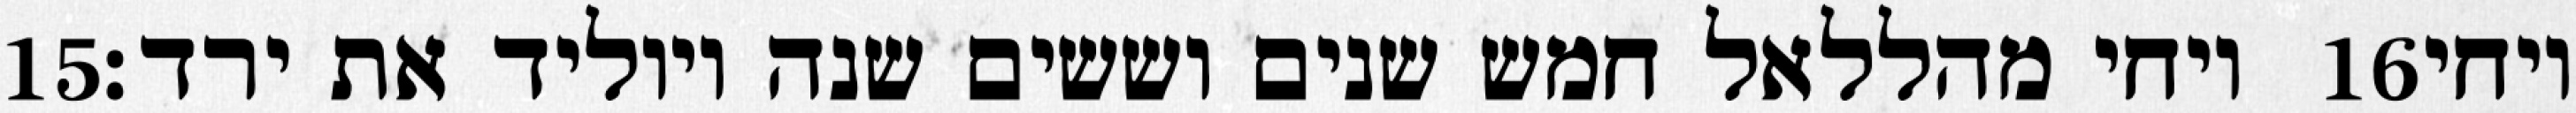
‎15‏ ויחי מהללאל חמש שנים וששים שנה ויוליד את ירד׃ ‎16‏ ויחי